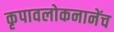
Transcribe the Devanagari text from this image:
कृपावलोकनानेंच